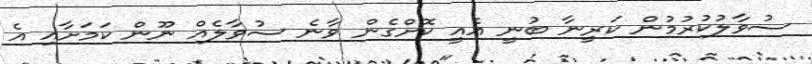
ސުވާލުކުރުމުން ކަރީނާ ބުނީ އެއީ ކޮށްގެން ވާނެ ސުވާލެއް ނޫން ކަމަށާއި އެ